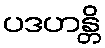
ပဒဟန္တိ